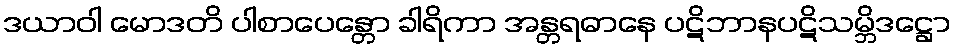
ဒယာဝါ မောဒတိ ပါစာပေန္တော ခါရိကာ အန္တရဓာနေ ပဋိဘာနပဋိသမ္ဘိဒဋ္ဌော